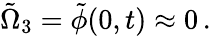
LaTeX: \tilde{\Omega}_{3}=\tilde{\phi}(0,t)\approx 0\, .